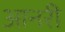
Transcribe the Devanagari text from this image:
आनरी